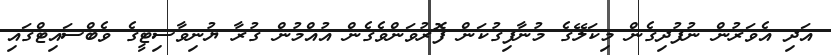
އަދި އެވަރުން ނުފުދިގެން މިކަލޭގެ މުނާފިގުކަން ފޮރުވަންވެގެން އުއްމުން ގުރާ ޔުނިވާސިޓީގެ ވެބްސައިޓްގައި